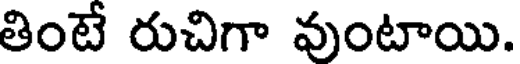
తింటే రుచిగా వుంటాయి.